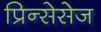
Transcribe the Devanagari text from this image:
प्रिन्सेसेज